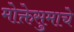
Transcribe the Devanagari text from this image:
मोक्तेसुमाचे